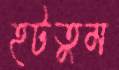
হটতুম